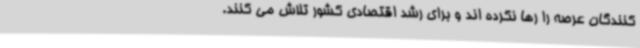
کنندگان عرصه را رها نکرده اند و برای رشد اقتصادی کشور تلاش می کنند.